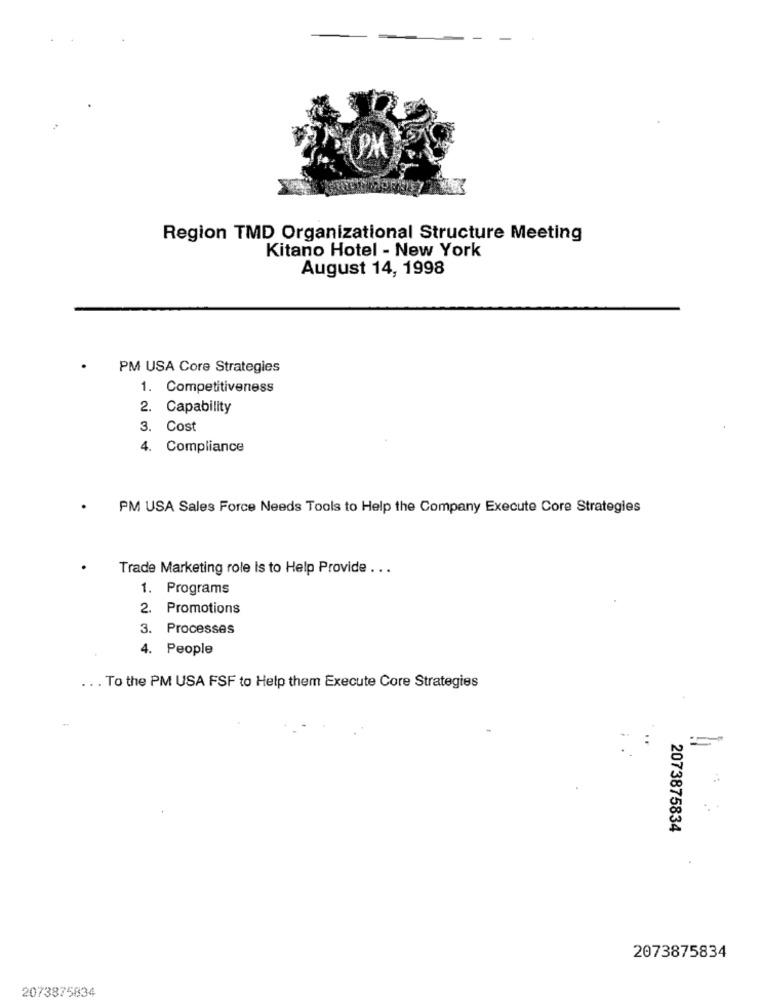
PM
Region TMD Organizational Structure Meeting
Kitano Hotel - New York
August 14, 1998
PM USA Core Strategies
1. Competitiveness
2. Capability
3. Cost
4. Compliance
PM USA Sales Force Needs Tools to Help the Company Execute Core Strategies
Trade Marketing role is to Help Provide ...
1. Programs
2. Promotions
3. Processes
4. People
.. . To the PM USA FSF to Help them Execute Core Strategies
=
..
2073875834
2073875834
2073875834